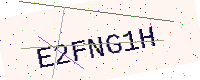
Text: E2FNG1H